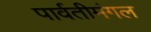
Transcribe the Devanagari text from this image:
पार्वतीमंगल